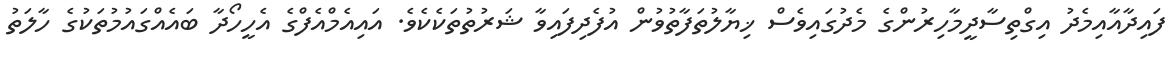
ފައިދާއާއިމެދު އިގްތިސާދީމާހިރުންގެ މެދުގައިވެސް ޚިޔާލުތަފާތުވުން އުފެދިފައިވާ ޝަރުތުތަކެކެވެ. އައިއެމްއެފްގެ އެހީހޯދާ ބައެއްގައުމުތަކުގެ ހާލަތު